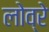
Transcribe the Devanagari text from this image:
लोव्रे